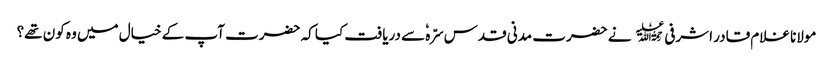
مولانا غلام قادر اشرفی﷫ نے حضرت مدنی قدس سرّہٗ سے دریافت کیا کہ حضرت آپ کے خیال میں وہ کون تھے؟